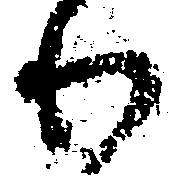
わ